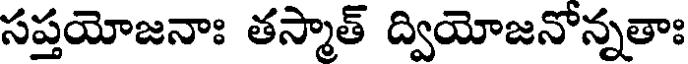
సప్తయోజనాః తస్మాత్ ద్వియోజనోన్నతాః